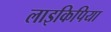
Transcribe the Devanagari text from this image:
लाइकिपिया